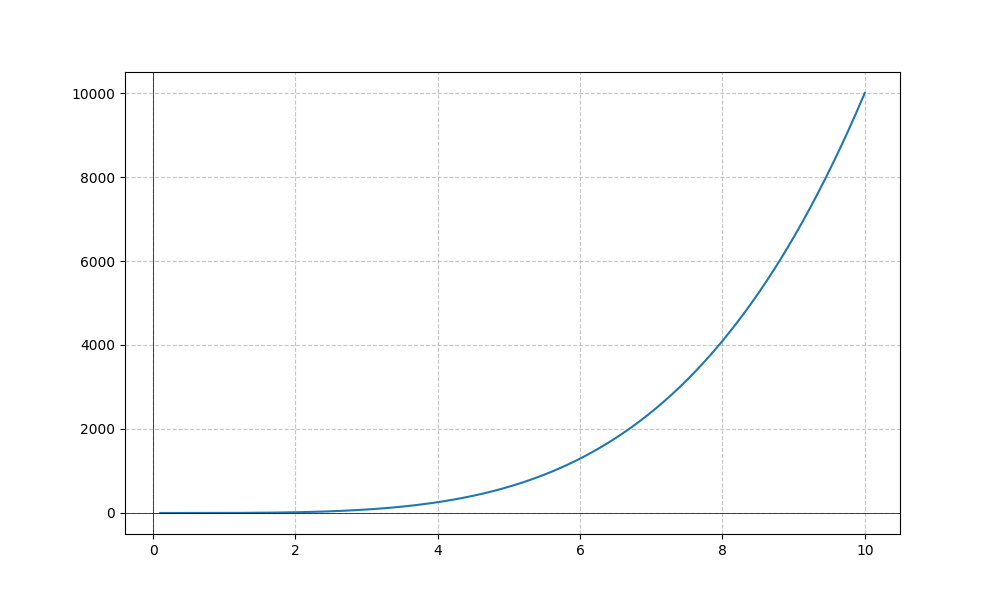
LaTeX formula: x^{4} - \cos{\left(x \right)}